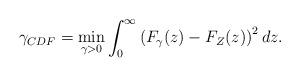
LaTeX: \begin{align*}\gamma_{CDF}=\min_{\gamma>0}\int_{0}^{\infty}\left(F_{\gamma}(z)-F_Z(z)\right)^2dz.\end{align*}